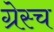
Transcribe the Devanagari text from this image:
ग्रेस्च